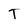
Character: T